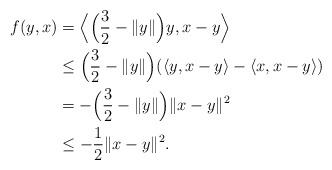
LaTeX: \begin{align*}f(y,x)&=\Big\langle \Big(\frac{3}{2}-\|y\|\Big)y,x-y\Big\rangle\\&\leq \Big(\frac{3}{2}-\|y\|\Big)(\langle y,x-y\rangle-\langle x,x-y\rangle)\\&=-\Big(\frac{3}{2}-\|y\|\Big)\|x-y\|^2\\&\leq -\frac{1}{2}\|x-y\|^2.\end{align*}